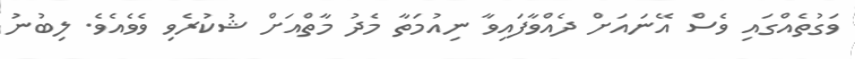
ވަގުތެއްގައި ވެސް އޭނައަށް ދެއްވާފައިވާ ނިއުމަތާ މެދު މާތްއަށް ޝުކުރެވި ވެވެއެވެ. ލިބުނު